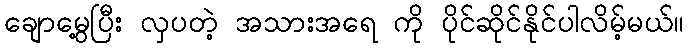
ချောမွေ့ပြီး လှပတဲ့ အသားအရေ ကို ပိုင်ဆိုင်နိုင်ပါလိမ့်မယ်။